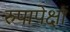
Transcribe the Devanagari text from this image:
रुपापेक्षां